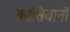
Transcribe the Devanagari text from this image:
कासियानो